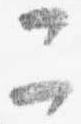
二